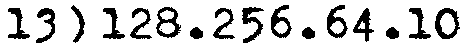
13) 128.256.64.10